Report of the Bombay Veterinary College
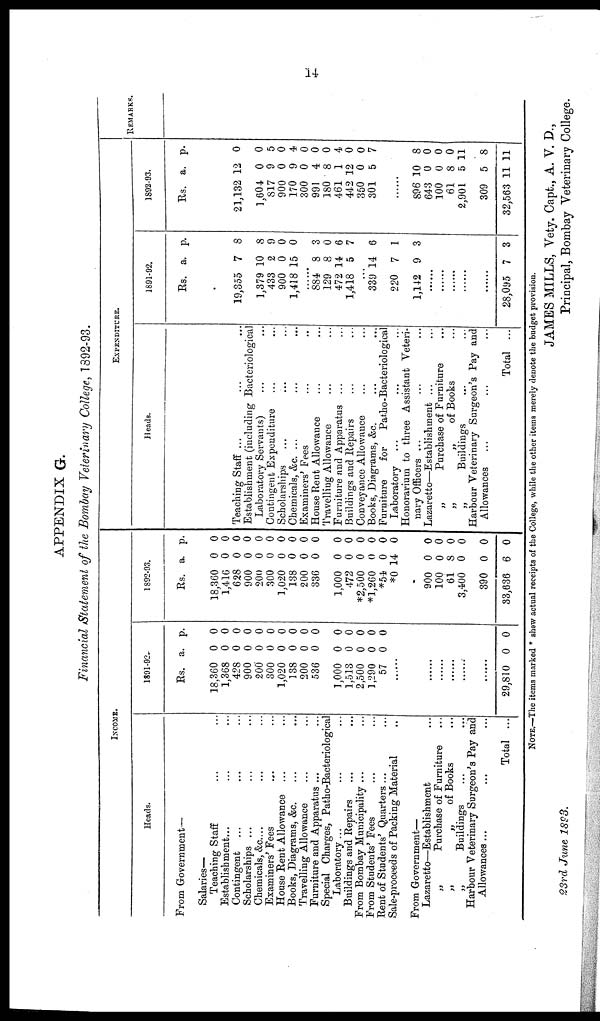
APPENDIX G.
Financial Statement of the Bombay Veterinary College, 1892-93.
INCOME.
Heads.
From Government—
Salaries—
Teaching Staff ... ... ... ...
Establishment... ... ... ...
Contingent
Scholarships ... ... ... ...
Chemicals, &c... ... ...
Examiners' Fees... ... ... ...
House Rent Allowance ... ... ... ...
Books, Diagrams, &c. ... ... ... ...
Travelling Allowance... ... ... ...
Furniture and Apparatus ... ... ...
Special Charges, Patho-Bacteriological
Laboratory...
Buildings and Repairs... ... ... ...
From Bombay Municipality ... ...
From Students' Fees... ...
Rent of Students' Quarters... ...
Sale-proceeds of Packing Material
From Government—
Lazaretto—Establishment
„
Purchase of Furniture
„
„
of Books
„
Buildings
Harbour Veterinary Surgeon's Pay and
Allowances...
Total ...
1891-92.
Rs.
18,360
1,368
428
900
200
300
1,020
138
200
536
1,000
1,513
2,500
1,290
57
29,810
a.
0
0
0
0
0
0
0
0
0
0
0
0
0
0
0
0
p.
0
0
0
0
0
0
0
0
0
0
0
0
0
0
0
0
1892-93.
Rs.
18,360
1,416
628
900
200
300
1,020
138
200
336
1,000
472
*2,500
*1,260
*54
*0
900
100
61
3,400
390
33,636
a.
0
0
0
0
0
0
0
0
0
0
0
0
0
0
0
14
0
0
8
0
0
6
p.
0
0
0
0
0
0
0
0
0
0
0
0
0
0
0
0
0
0
0
0
0
0
EXPENDITURE.
Heads.
Teaching Staff ...
Establishment (including Bacteriological
Laboratory Servants)
Contingent Expenditure
Scholarships
Chemicals, &c. ...
Examiners' Fees
House Rent Allowance
Travelling Allowance
Furniture and Apparatus ...
Buildings and Repairs
Conveyance Allowance
Books, Diagrams, &c.
Furniture
for
Patho-Bacteriological
Laboratory
Honorarium to three Assistant Veteri-
nary Officers ...
Lazaretto—Establishment ...
„
Purchase of Furniture
„
„
of Books
„
Buildings
Harbour Veterinary Surgeon's Pay and
Allowances
Total ...
1891-92.
Rs.
19,355
1,379
433
900
1,418
884
129
472
1,418
...
339
220
1,142
28,095
a.
7
10
2
0
15
8
8
14
5
14
7
9
7
p.
8
8
9
0
0
3
0
6
7
6
1
3
3
1892-93.
Rs.
21,132
1,604
817
900
170
300
991
180
461
442
350
301
896
643
100
61
2,901
309
32,563
a.
12
0
9
0
9
0
4
8
1
12
0
5
10
0
0
8
5
5
11
p.
0
0
5
0
4
0
0
0
4
0
0
7
8
0
0
0
11
8
11
REMARKS.
NOTE.—The items marked * show actual receipts of the College, while the other items merely denote the budget provision.
JAMES MILLS, Vety. Capt., A. V. D.,
23rd June 1893,
Principal, Bombay Veterinary College.